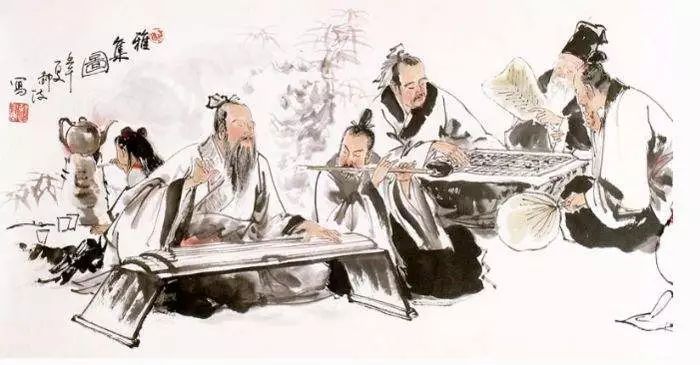
中庸其至矣乎！民鲜能久矣。